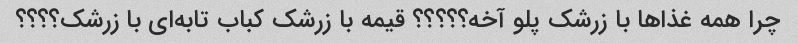
چرا همه غذاها با زرشک پلو آخه؟؟؟؟؟ قیمه با زرشک کباب تابه‌ای با زرشک؟؟؟؟